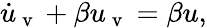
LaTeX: \dot{u}_{\mathrm{~v~}}+\beta u_{\mathrm{~v~}}=\beta u,